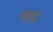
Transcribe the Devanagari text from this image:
वाहुनि